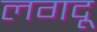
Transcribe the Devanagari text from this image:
लगदू